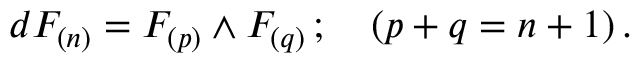
d F _ { ( n ) } = F _ { ( p ) } \wedge F _ { ( q ) } \, ; \ \ \ ( p + q = n + 1 ) \, .